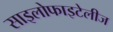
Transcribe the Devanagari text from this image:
साइलोफाइटेलीज